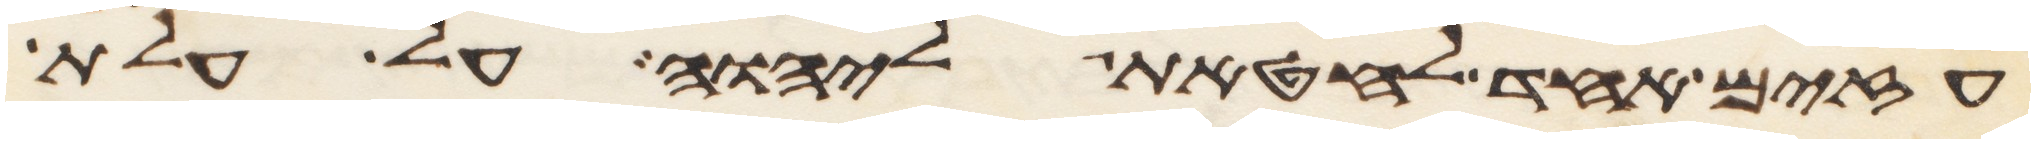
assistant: עזים אחד לחטאת ליהוה על עלת